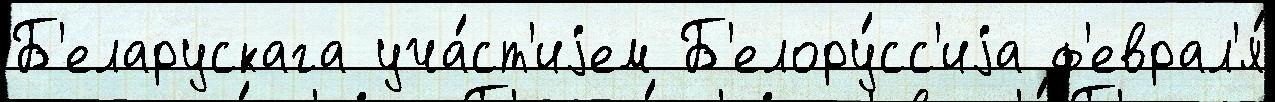
Б'еларускага уча́ст'иjем Б'елору́сс'иjа ф'еврал'я́